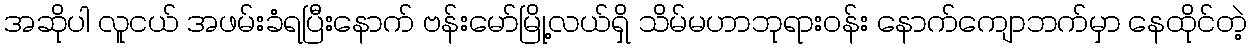
အဆိုပါ လူငယ် အဖမ်းခံရပြီးနောက် ဗန်းမော်မြို့လယ်ရှိ သိမ်မဟာဘုရားဝန်း နောက်ကျောဘက်မှာ နေထိုင်တဲ့